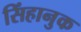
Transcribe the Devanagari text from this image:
सिंहानुक